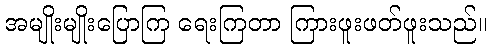
အမျိုးမျိုးပြောကြ ရေးကြတာ ကြားဖူးဖတ်ဖူးသည်။